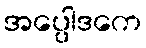
အပ္ပေါဒကေ